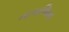
નાકાજિમા